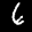
Label: 6